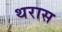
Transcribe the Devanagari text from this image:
थरास